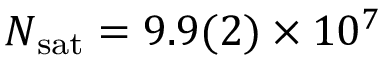
\ensuremath { N _ { \mathrm { s a t } } } = 9 . 9 ( 2 ) \times 1 0 ^ { 7 }